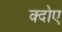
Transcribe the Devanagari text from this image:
क्दोए